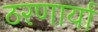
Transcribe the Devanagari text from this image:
ठरणार्या